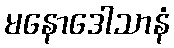
မနောဒေါသာနံ